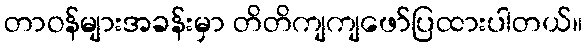
တာဝန်များအခန်းမှာ တိတိကျကျဖော်ပြထားပါတယ်။